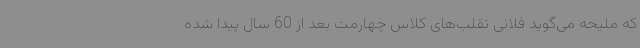
که ملیحه می‌گوید فلانی تقلب‌های کلاس چهارمت بعد از 60 سال پیدا شده